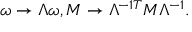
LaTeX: \omega \rightarrow \Lambda \omega , { \cal M } \rightarrow \Lambda ^ { - 1 T } { \cal M } \Lambda ^ { - 1 } .